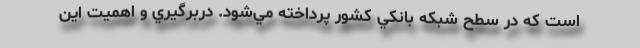
است که در سطح شبکه بانکي كشور پرداخته مي‌شود. دربرگيري و اهميت اين